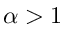
\alpha > 1